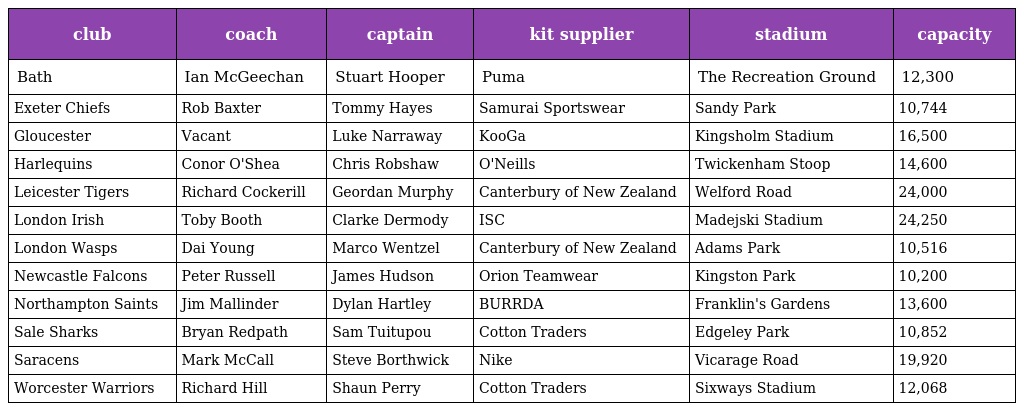
| club | coach | captain | kit supplier | stadium | capacity |
 | --- | --- | --- | --- | --- | --- |
 | Bath | Ian McGeechan | Stuart Hooper | Puma | The Recreation Ground | 12,300 |
 | Exeter Chiefs | Rob Baxter | Tommy Hayes | Samurai Sportswear | Sandy Park | 10,744 |
 | Gloucester | Vacant | Luke Narraway | KooGa | Kingsholm Stadium | 16,500 |
 | Harlequins | Conor O'Shea | Chris Robshaw | O'Neills | Twickenham Stoop | 14,600 |
 | Leicester Tigers | Richard Cockerill | Geordan Murphy | Canterbury of New Zealand | Welford Road | 24,000 |
 | London Irish | Toby Booth | Clarke Dermody | ISC | Madejski Stadium | 24,250 |
 | London Wasps | Dai Young | Marco Wentzel | Canterbury of New Zealand | Adams Park | 10,516 |
 | Newcastle Falcons | Peter Russell | James Hudson | Orion Teamwear | Kingston Park | 10,200 |
 | Northampton Saints | Jim Mallinder | Dylan Hartley | BURRDA | Franklin's Gardens | 13,600 |
 | Sale Sharks | Bryan Redpath | Sam Tuitupou | Cotton Traders | Edgeley Park | 10,852 |
 | Saracens | Mark McCall | Steve Borthwick | Nike | Vicarage Road | 19,920 |
 | Worcester Warriors | Richard Hill | Shaun Perry | Cotton Traders | Sixways Stadium | 12,068 |